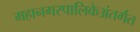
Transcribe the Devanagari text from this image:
महानगरपालिकेअंतर्गत